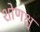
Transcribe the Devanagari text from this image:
शोणश्च